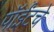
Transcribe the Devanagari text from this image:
पॉईंटचे